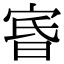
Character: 𡨩